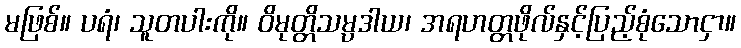
မဖြစ်။ ပရံ၊ သူတပါးကို။ ဝိမုတ္တိသမ္ပဒါယ၊ အရဟတ္တဖိုလ်နှင့်ပြည့်စုံသောငှာ။